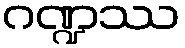
ဂဏ္ဍဿ